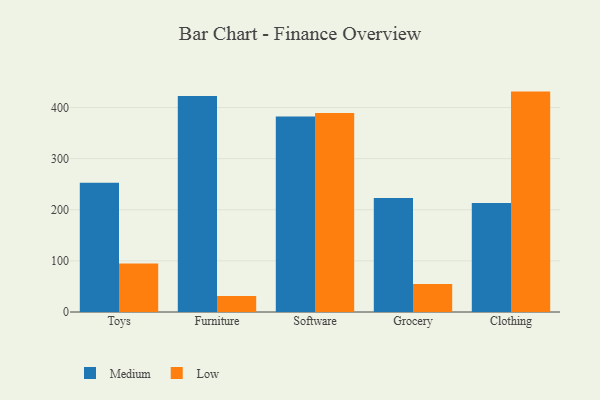
{"axis": {"x": "Category", "y": "Revenue (USD Million)"}, "legend": ["Low", "Medium"], "data": [{"x": "Toys", "y": 252.8, "type": "Medium"}, {"x": "Toys", "y": 95.0, "type": "Low"}, {"x": "Furniture", "y": 422.7, "type": "Medium"}, {"x": "Furniture", "y": 31.5, "type": "Low"}, {"x": "Software", "y": 382.3, "type": "Medium"}, {"x": "Software", "y": 389.1, "type": "Low"}, {"x": "Grocery", "y": 223.0, "type": "Medium"}, {"x": "Grocery", "y": 54.6, "type": "Low"}, {"x": "Clothing", "y": 213.0, "type": "Medium"}, {"x": "Clothing", "y": 431.1, "type": "Low"}]}